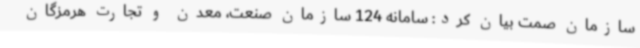
سازمان صمت بیان کرد: سامانه 124 سازمان صنعت، معدن و تجارت هرمزگان